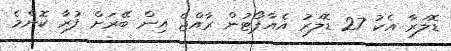
ޑޮލަރާ އެކު 27 ޑޮލަރު އެއާޕޯޓުން ރާއްޖެ އިން ބޭރަށް ފުރާ ކޮންމެ